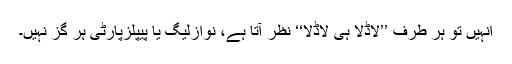
اُنہیں تو ہر طرف ’’لاڈلا ہی لاڈلا‘‘ نظر آتا ہے، نوازلیگ یا پیپلزپارٹی ہر گز نہیں۔